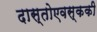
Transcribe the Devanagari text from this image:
दास्तोएवस्ककी